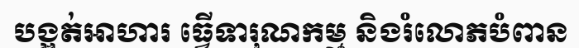
បង្អត់អាហារ ធ្វើទារុណកម្ម និងរំលោភបំពាន